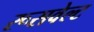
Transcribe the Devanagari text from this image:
रूसवेल्ट